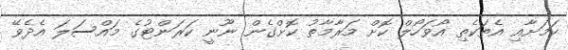
ކަމަށާއި އެތަކެތި އޯވަހޯލް ކޮށް މަރާމާތު ކޮށްގެން ނޫނީ ކަރަންޓުގެ މައްސަލަ އެދެވޭ